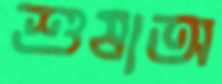
শুষাঅ